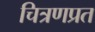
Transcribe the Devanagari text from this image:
चित्रणप्रत